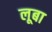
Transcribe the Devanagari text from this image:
लूबा